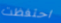
احتفظت